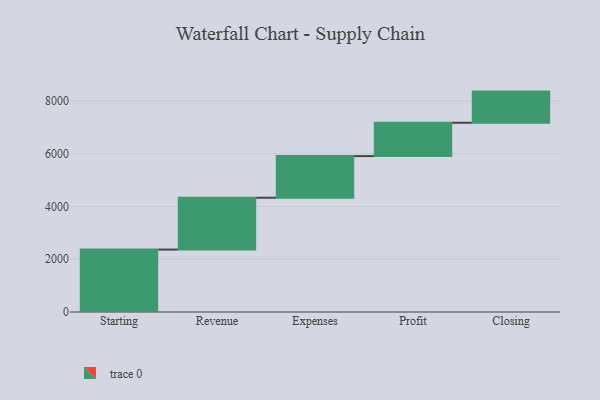
{"axis": {"x": "Step", "y": "Value"}, "legend": [""], "data": [{"x": "Starting", "y": 2367.0, "type": ""}, {"x": "Revenue", "y": 1965.0, "type": ""}, {"x": "Expenses", "y": 1578.0, "type": ""}, {"x": "Profit", "y": 1264.0, "type": ""}, {"x": "Closing", "y": 1181.0, "type": ""}]}